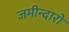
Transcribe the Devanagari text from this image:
जमीन्दारो